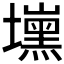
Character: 𰊾